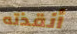
أنقذته